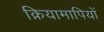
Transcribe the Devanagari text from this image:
क्रियामापियों